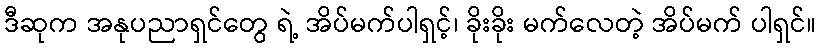
ဒီဆုက အနုပညာရှင်တွေ ရဲ့ အိပ်မက်ပါရှင့်၊ ခိုးခိုး မက်လေတဲ့ အိပ်မက် ပါရှင်။